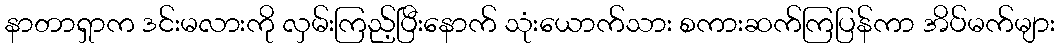
နာတာရှာက ဒင်းမလားကို လှမ်းကြည့်ပြီးနောက် သုံးယောက်သား စကားဆက်ကြပြန်ကာ အိပ်မက်များ